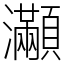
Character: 𤅎